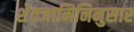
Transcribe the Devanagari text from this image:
शेतजामिनिनुसार